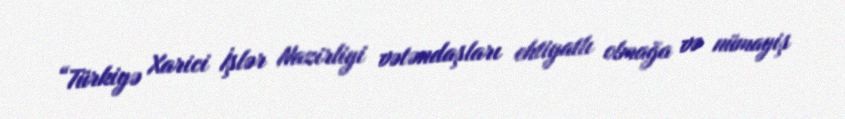
“Türkiyə Xarici İşlər Nazirliyi vətəndaşları ehtiyatlı olmağa və nümayiş